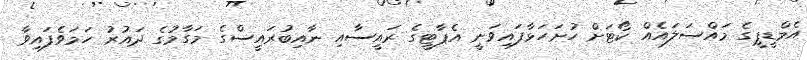
އެމްޑީޕީގެ މައްސަލައެއް ކޯޓަށް ހުށަހަޅާފައިވަނީ އެޕާޓީގެ ރައީސާއި ނާއިބުރައީސްގެ މަގާމުގެ ދައުރު ހަމަވެފައިވާ